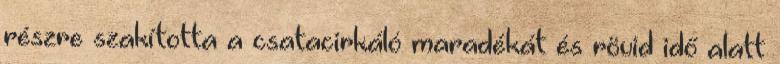
részre szakította a csatacirkáló maradékát és rövid idő alatt